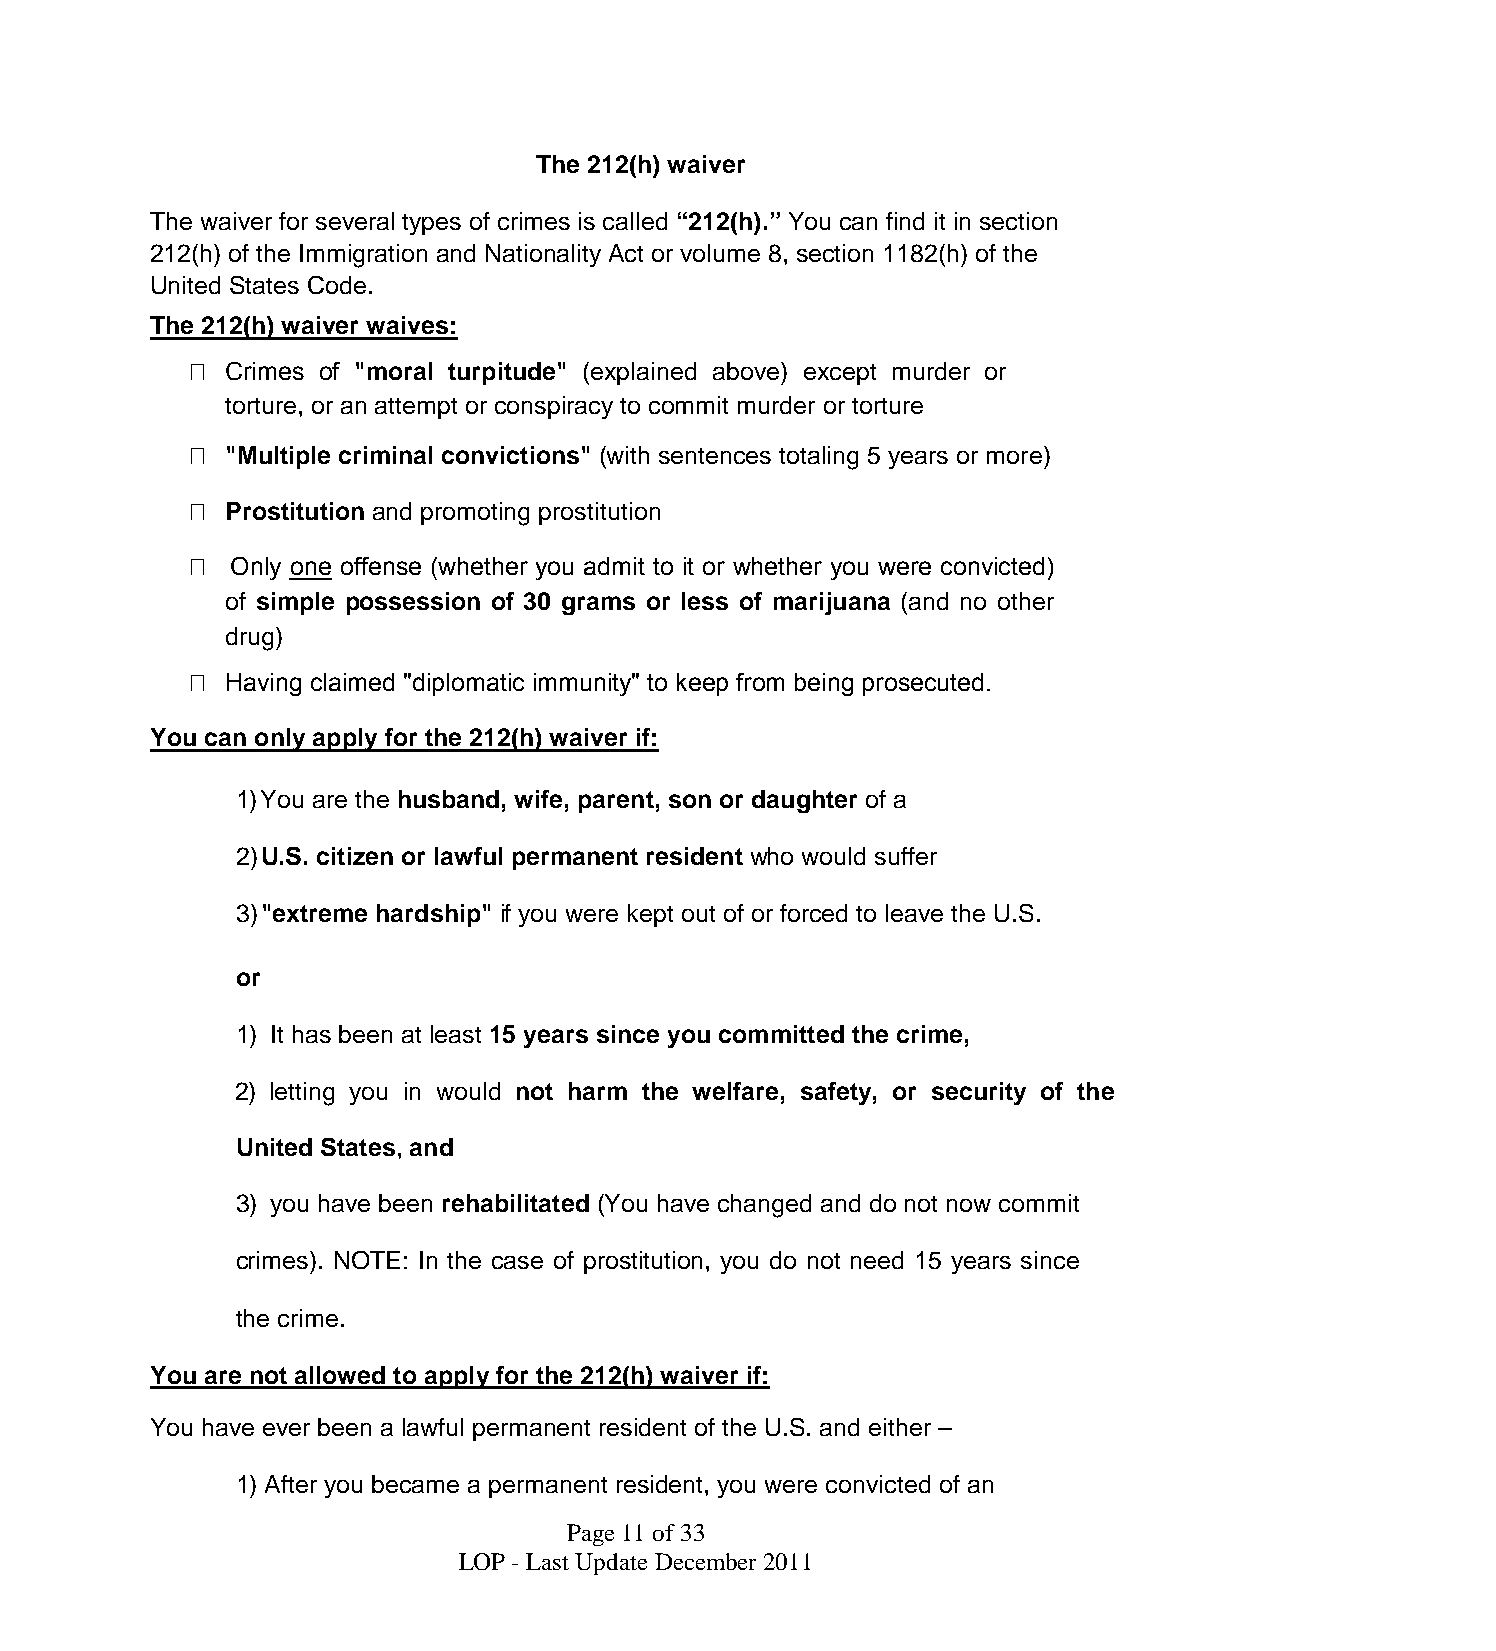
The 212(h) waiver
 The waiver for several types of crimes is called “212(h).” You can find it in section
 212(h) of the Immigration and Nationality Act or volume 8, section 1182(h) of the
 United States Code.
 The 212(h) waiver waives:
   Crimes of "moral turpitude" (explained above) except murder or
 torture, or an attempt or conspiracy to commit murder or torture
   "Multiple criminal convictions" (with sentences totaling 5 years or more)
   Prostitution and promoting prostitution
   Only one offense (whether you admit to it or whether you were convicted)
 of simple possession of 30 grams or less of marijuana (and no other
 drug)
   Having claimed "diplomatic immunity" to keep from being prosecuted.
 You can only apply for the 212(h) waiver if:
 1)You are the husband, wife, parent, son or daughter of a
 2)U.S. citizen or lawful permanent resident who would suffer
 3)"extreme hardship" if you were kept out of or forced to leave the U.S.
 or
 1) It has been at least 15 years since you committed the crime,
 2) letting you in would not harm the welfare, safety, or security of the
 United States, and
 3) you have been rehabilitated (You have changed and do not now commit
 crimes). NOTE: In the case of prostitution, you do not need 15 years since
 the crime.
 You are not allowed to apply for the 212(h) waiver if:
 You have ever been a lawful permanent resident of the U.S. and either –
 1) After you became a permanent resident, you were convicted of an
 Page11of33
 LOP - Last UpdateDecember2011